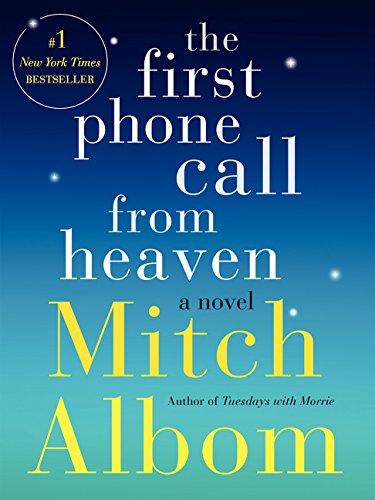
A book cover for The First Phone Call from Heaven: A Novel; Mitch Albom; Literature & Fiction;